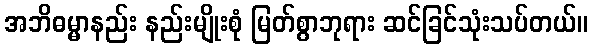
အဘိဓမ္မာနည်း နည်းမျိုးစုံ မြတ်စွာဘုရား ဆင်ခြင်သုံးသပ်တယ်။